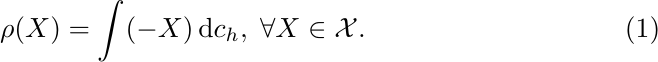
\begin{equation}
\rho(X)=\int(-X)\,\mathrm{d}c_{h}, \; \forall X \in \mathcal{X}.
\end{equation}